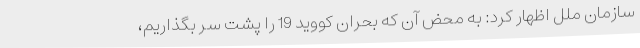
سازمان ملل اظهار کرد: به محض آن که بحران کووید 19 را پشت سر بگذاریم،